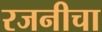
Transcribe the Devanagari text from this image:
रजनीचा